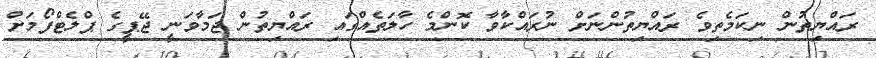
ރައްޔިތުން ނިކަމެތިވެ ރައްޔިތުންނަށް ނުރައްކާވާ ކޮންމެ ހާލަތެއްގައި ރައްޔިތުން ޖަމާވަނީ ޖޭޕީގެ ޕްލެޓްފޯމަށް